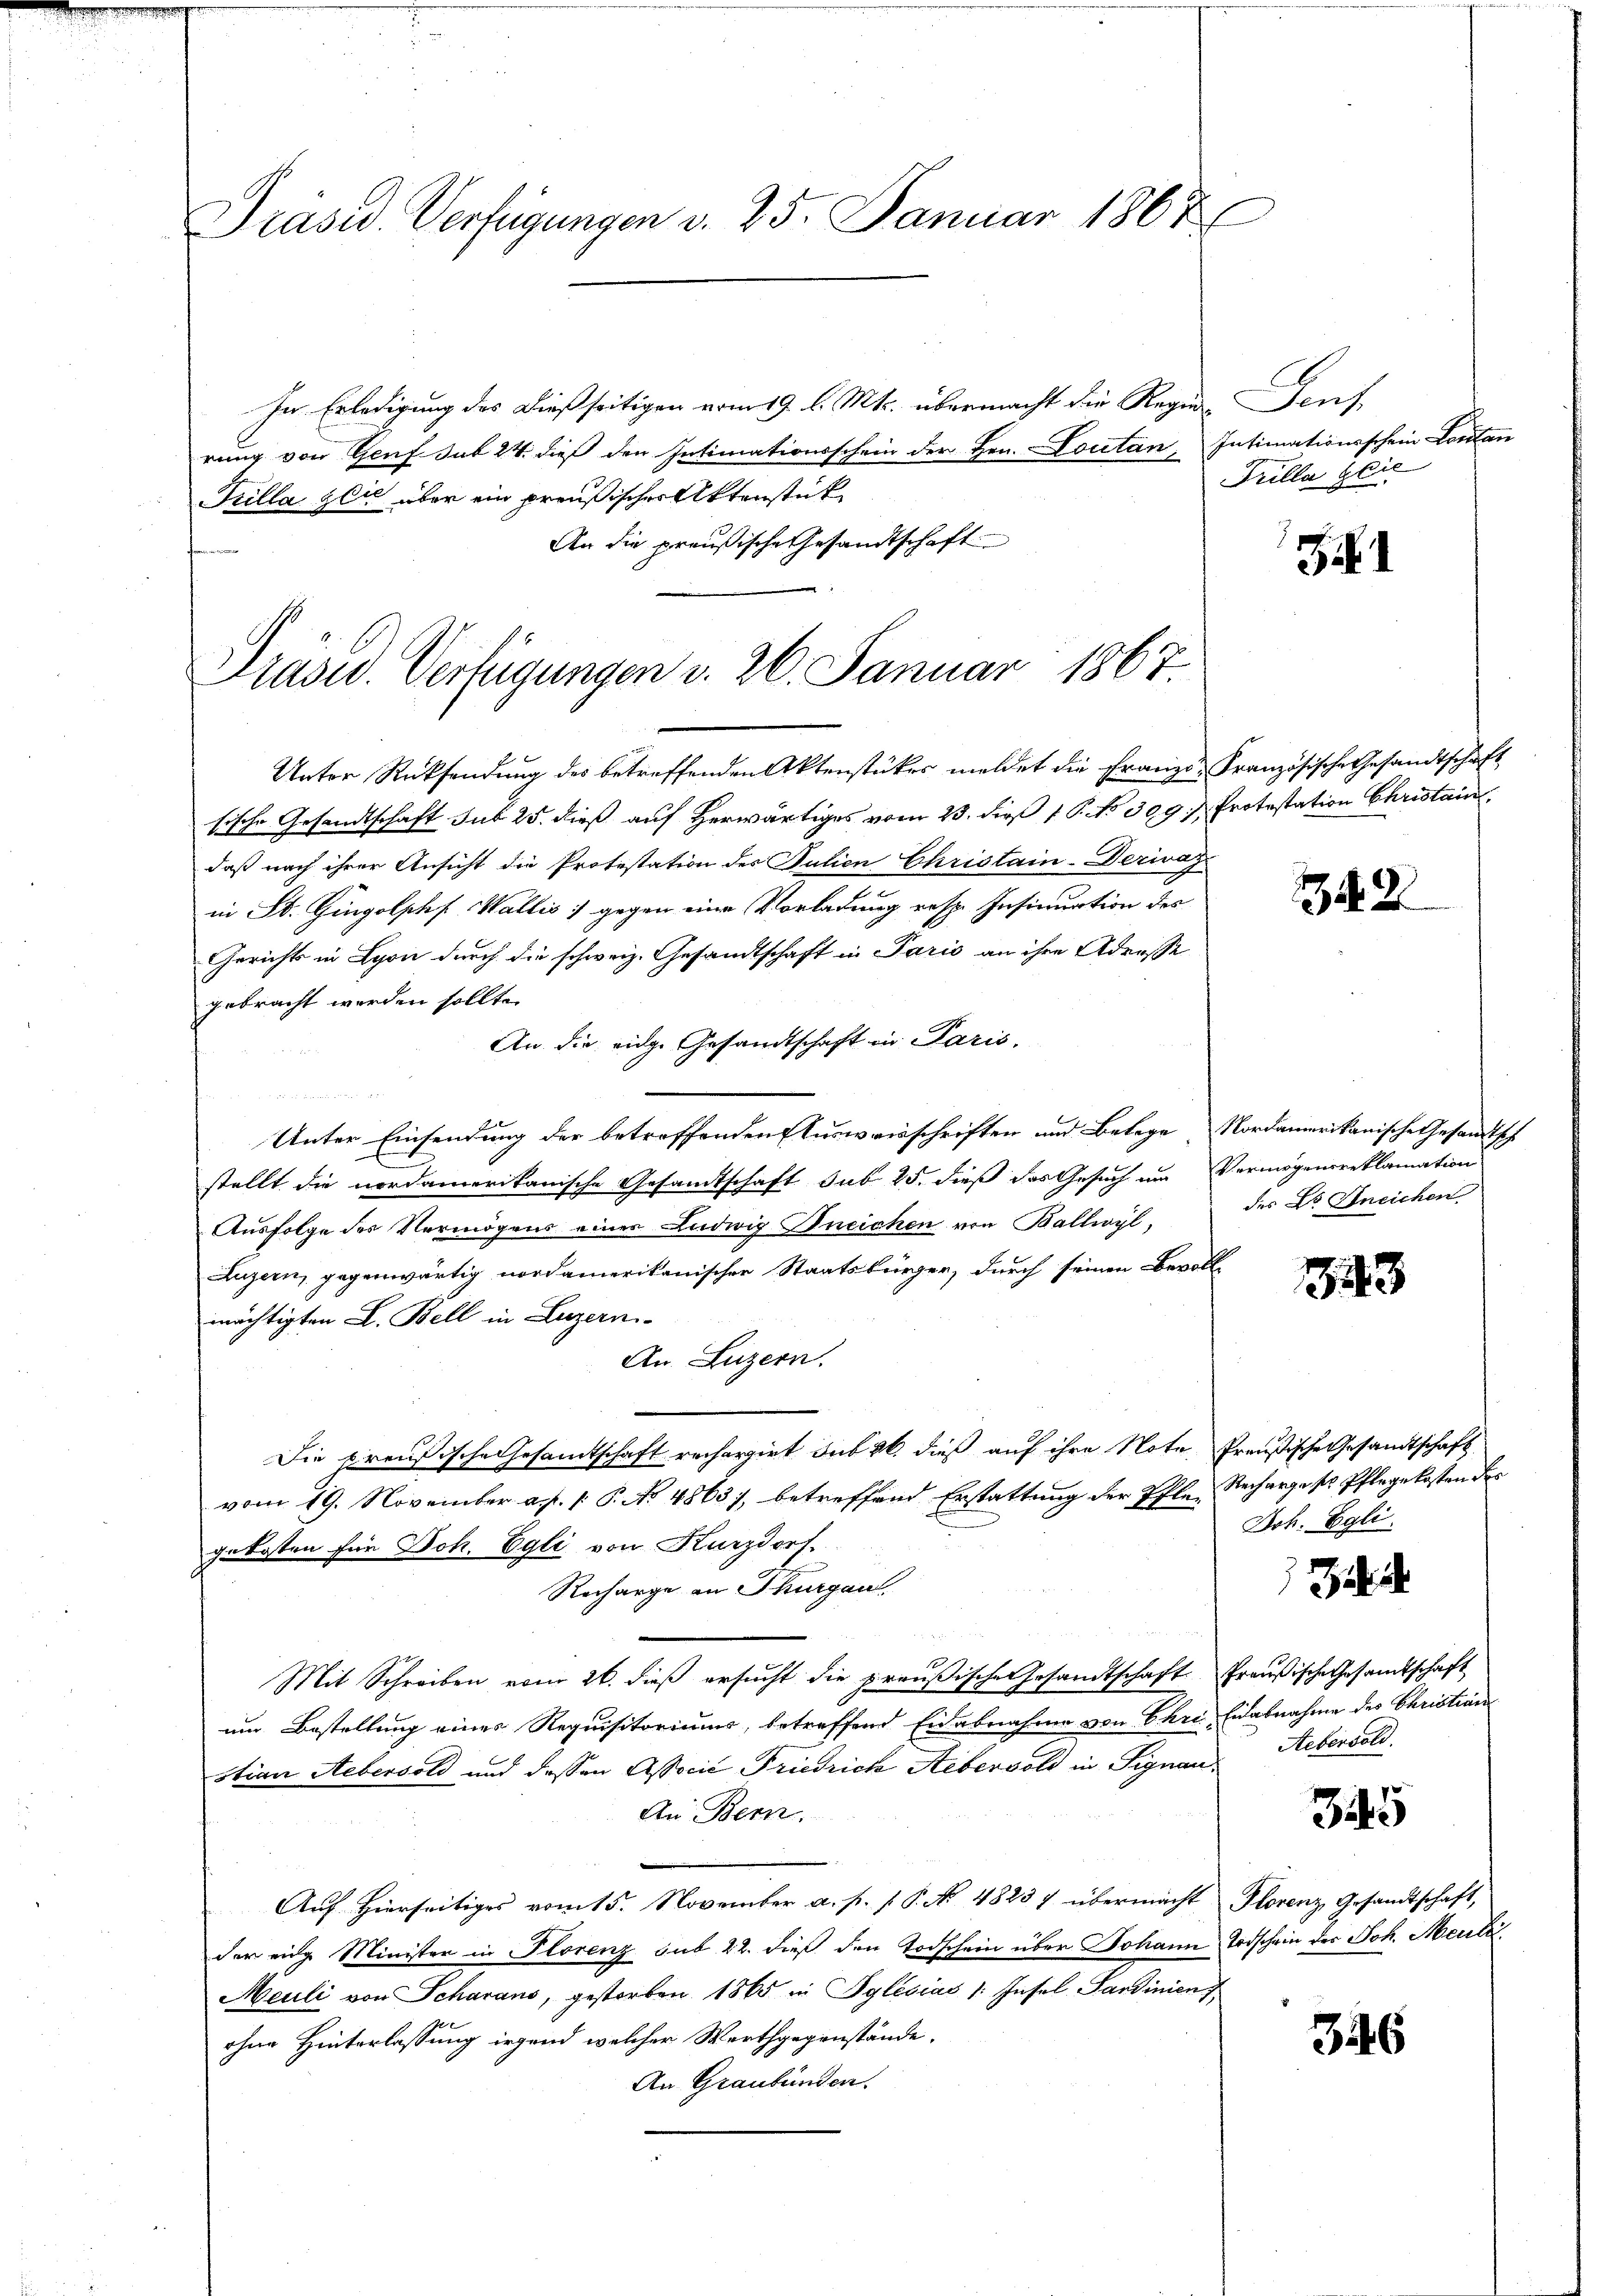
Präsid. Verfügungen v. 25. Januar 1867

In Erledigung des dießseitigen vom 19. l. Mts. übermacht die Regie-Genf
rung von Genf. sub 24. dieß den Intimationsschein der Hrn. Doctan, Intimationsschein Lontan
Prilla gli über ein preußischer Aktenstück
An die preußische Gesandtschaft
e
Unter Rücksendung des betreffenden Aktenstückes meldet die Franze Französische Gesandtschaft
tische Gesandtschaft sub 25. dieß auf Herwärtiges vom 23. dieß 1 P. No 309. Protestation Christain
daß nach ihrer Ansicht die Protestation des Julien Christain-Derwvaz
in St. Gingolphf Wallis) gegen eine Vorladung resp. Insinuation des
Gerichts in Lyon durch die schweiz. Gesandtschaft in Paris an ihre Adresse
gebracht werden sollte.
An die eidge Gesandtschaft in Paris,
n
Unter Einsendung der betreffenden Ausweisschriften und Belege Nordamerikanische Gesandtsch
stellt die nordamerikanische Gesandtschaft sub 25. dieß das Gesuch um Vermögensreklamation
Ausfolge des Vermögens einer Ludwig Bneichen von Ballwyl, des Dr. Ineichen
Luzern, gegenwärtig nordamerikanischer Staatsbürger, durch seinen Bevoll-
mächtigten L. Bell in Luzern
An Luzern.
Die preußische Gesamtschaft rechargirt sub 26. dieß auf ihre Note, Preußische Gesandtschaft
vom 19. November a. p. 1. P. No 4863), betreffend Erstattung der Pflen Recharge ses Pflegekosten der
gekosten für Joh. Egli von Kurzdorf.
Recharge an Thurgan
Mit Schreiben vom 26. dieß ersucht die preußische Gesandtschaft freußische Gesandtschaft
um Bestellung eines Requisitoriums, betreffend Eidabnahme von Chri Eidabnahme des Christian
stian Aebersold und dessen Associé Friedrich Aebervold in Signau Aeberseld
An Bern.
Auf hierseitiges vom 15. November a. p. 1. P. No. 48237 übermacht Plorenz Gesandtschaft,
der einge Minister in Florenz sub 22. dieß den Todschein über Johann Todschein der Joh. Heute
Meuli von Scharaus, gestorben 1865 in Pylésias /: Insel-Sardinienz,
ohne Hinterlassung irgend welcher Werthgegenstände.
An Graubünden.

Präsid. Verfügungen v. 26. Januar 1867.

Prilla Glie

.

342

1843

Joh. Egli.

345

346